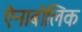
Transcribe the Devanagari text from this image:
ऐनाबोलिक